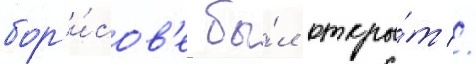
бор'и́сов'е бы́л откры́т //